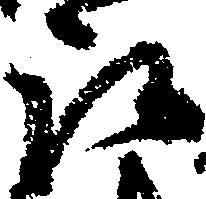
取